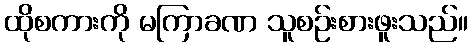
ထိုစကားကို မကြာခဏ သူစဉ်းစားဖူးသည်။